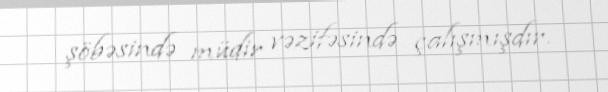
şöbəsində müdir vəzifəsində çalışmışdır.